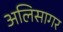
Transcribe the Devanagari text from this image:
अलिसागर